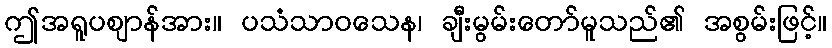
ဤအရူပဈာန်အား။ ပသံသာဝသေန၊ ချီးမွမ်းတော်မူသည်၏ အစွမ်းဖြင့်။